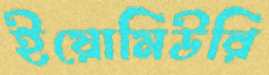
ইয়োমিউরি